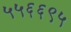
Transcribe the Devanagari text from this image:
५५६६९५